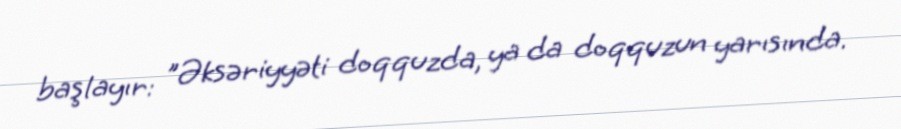
başlayır: "Əksəriyyəti doqquzda, ya da doqquzun yarısında.